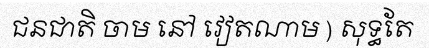
ជនជាតិ ចាម នៅ វៀតណាម ) សុទ្ធតែ